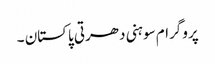
پروگرام سوہنی دھرتی پاکستان ۔